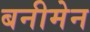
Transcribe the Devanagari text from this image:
बनीमेन